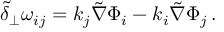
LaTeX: \tilde { \delta } _ { \perp } \omega _ { i j } = k _ { j } \tilde { \nabla } \Phi _ { i } - k _ { i } \tilde { \nabla } \Phi _ { j } \, .